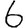
Digit: 6